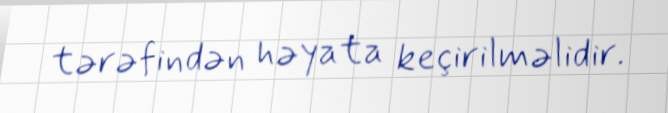
tərəfindən həyata keçirilməlidir.